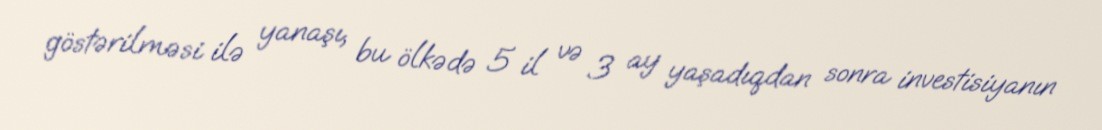
göstərilməsi ilə yanaşı, bu ölkədə 5 il və 3 ay yaşadıqdan sonra investisiyanın